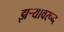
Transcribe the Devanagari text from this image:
झऱ्यावरून